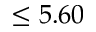
\le 5 . 6 0